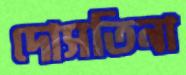
দোসতিনা